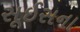
સૂઈસના